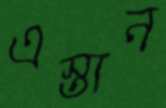
এস্তান